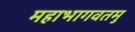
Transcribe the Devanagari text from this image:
महाभागवतमु